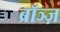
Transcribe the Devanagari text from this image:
ब्रॉञ्ज़